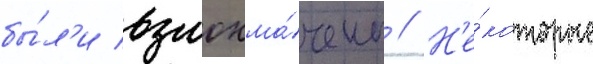
бы́л'и взлохма́чены // Н'е́которые